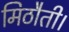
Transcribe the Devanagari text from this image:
मिठौती।